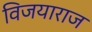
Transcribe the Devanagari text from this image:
विजयाराज